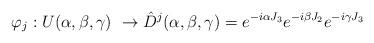
LaTeX: \begin{align*}\varphi_{j}:U(\alpha,\beta,\gamma)\ \rightarrow\hat{D}^{j}(\alpha,\beta,\gamma)=e^{-i\alpha J_{3}}e^{-i\beta J_{2}}e^{-i\gamma J_{3}}\end{align*}